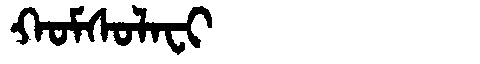
Manchu: ᡴᠣᠮᠰᠣᠯᠠᠸᡳ
Romanization: KOMSOLAFI